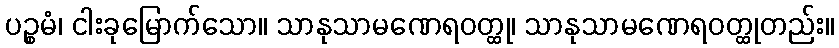
ပဉ္စမံ၊ ငါးခုမြောက်သော။ သာနုသာမဏေရဝတ္ထု၊ သာနုသာမဏေရဝတ္ထုတည်း။